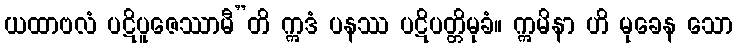
ယထာဗလံ ပဋိပူဇေဿာမီ”တိ ဣဒံ ပနဿ ပဋိပတ္တိမုခံ။ ဣမိနာ ဟိ မုခေန သော